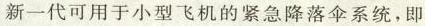
新一代可用于小型飞机的紧急降落伞系统，即